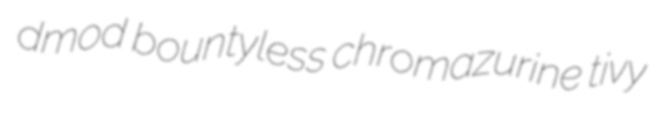
dmod bountyless chromazurine tivy